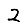
Digit: 2